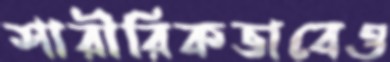
শারীরিকভাবেও